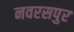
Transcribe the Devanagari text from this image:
नवरसपुर